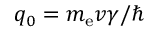
q _ { 0 } = m _ { \mathrm { e } } v \gamma / \hbar